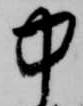
中